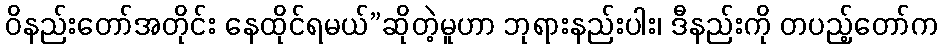
ဝိနည်းတော်အတိုင်း နေထိုင်ရမယ်”ဆိုတဲ့မူဟာ ဘုရားနည်းပါး၊ ဒီနည်းကို တပည့်တော်က